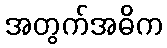
အတွက်အဓိက